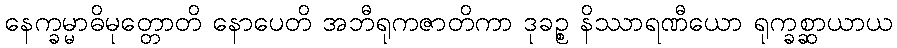
နေက္ခမ္မာဓိမုတ္တောတိ နောပေတိ အဘီရုကဇာတိကာ ဒုခဉ္စ နိဿာရဏီယော ရုက္ခစ္ဆာယာယ